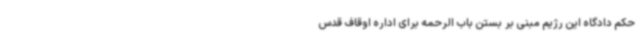
حکم دادگاه این رژیم مبنی بر بستن باب الرحمه برای اداره اوقاف قدس